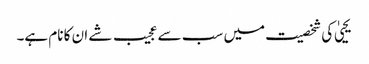
یحییٰ کی شخصیت میں سب سے عجیب شے ان کا نام ہے۔